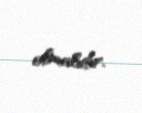
olmalıdır.